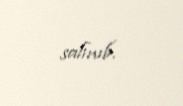
salınıb.